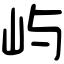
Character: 屿